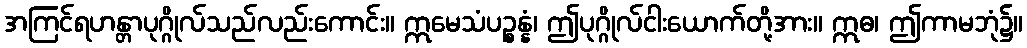
အကြင်ရဟန္တာပုဂ္ဂိုလ်သည်လည်းကောင်း။ ဣမေသံပဉ္စန္နံ၊ ဤပုဂ္ဂိုလ်ငါးယောက်တို့အား။ ဣဓ၊ ဤကာမဘုံ၌။